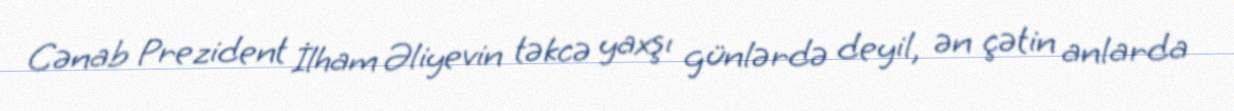
Cənab Prezident İlham Əliyevin təkcə yaxşı günlərdə deyil, ən çətin anlarda